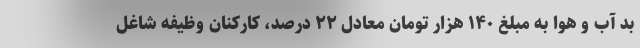
بد آب و هوا به مبلغ ۱۴۰ هزار تومان معادل ۲۲ درصد، کارکنان وظیفه شاغل